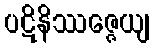
ပဋိနိဿဇ္ဇေယျ